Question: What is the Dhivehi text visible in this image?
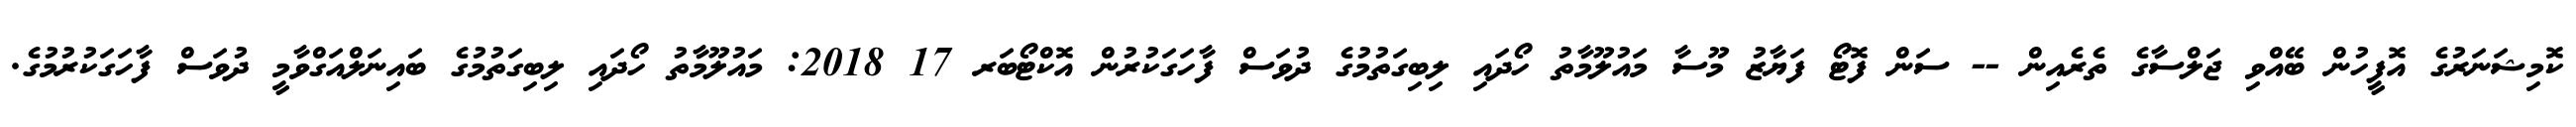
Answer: ކޮމިޝަނަރުގެ އޮފީހުން ބޭއްވި ޖަލްސާގެ ތެރެއިން -- ސަން ފޮޓޯ ފަޔާޒު މޫސާ މައުލޫމާތު ހޯދައި ލިބިގަތުމުގެ ދުވަސް ފާހަގަކުރުން އޮކްޓޯބަރ 17 2018: މައުލޫމާތު ހޯދައި ލިބިގަތުމުގެ ބައިނަލްއަގްވާމީ ދުވަސް ފާހަގަކުރުމުގެ.